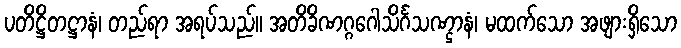
ပတိဋ္ဌိတဋ္ဌာနံ၊ တည်ရာ အရပ်သည်။ အတိခိဏဂ္ဂဂေါသိင်္ဂသဏ္ဌာနံ၊ မထက်သော အဖျားရှိသော